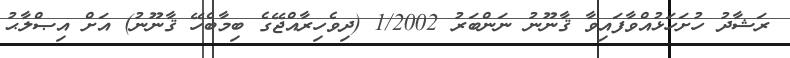
ރަޝާދު ހުށަހަޅުއްވާފައިވާ ޤާނޫނު ނަންބަރު 1/2002 (ދިވެހިރާއްޖޭގެ ބިމާބެހޭ ޤާނޫނު) އަށް އިޞްލާޙު